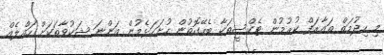
މި ހިދުމަތް ތައާރަފް ކުރުމުން ޓެކްސީތަކާ ބެހޭގޮތުން ހުށަހަޅެމުން އަންނަ ޝަކުވާތަކަށް ހައްލެއް